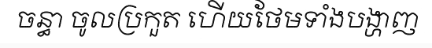
ចន្ធា ចូលប្រកួត ហើយថែមទាំងបង្ហាញ